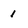
Character: 1